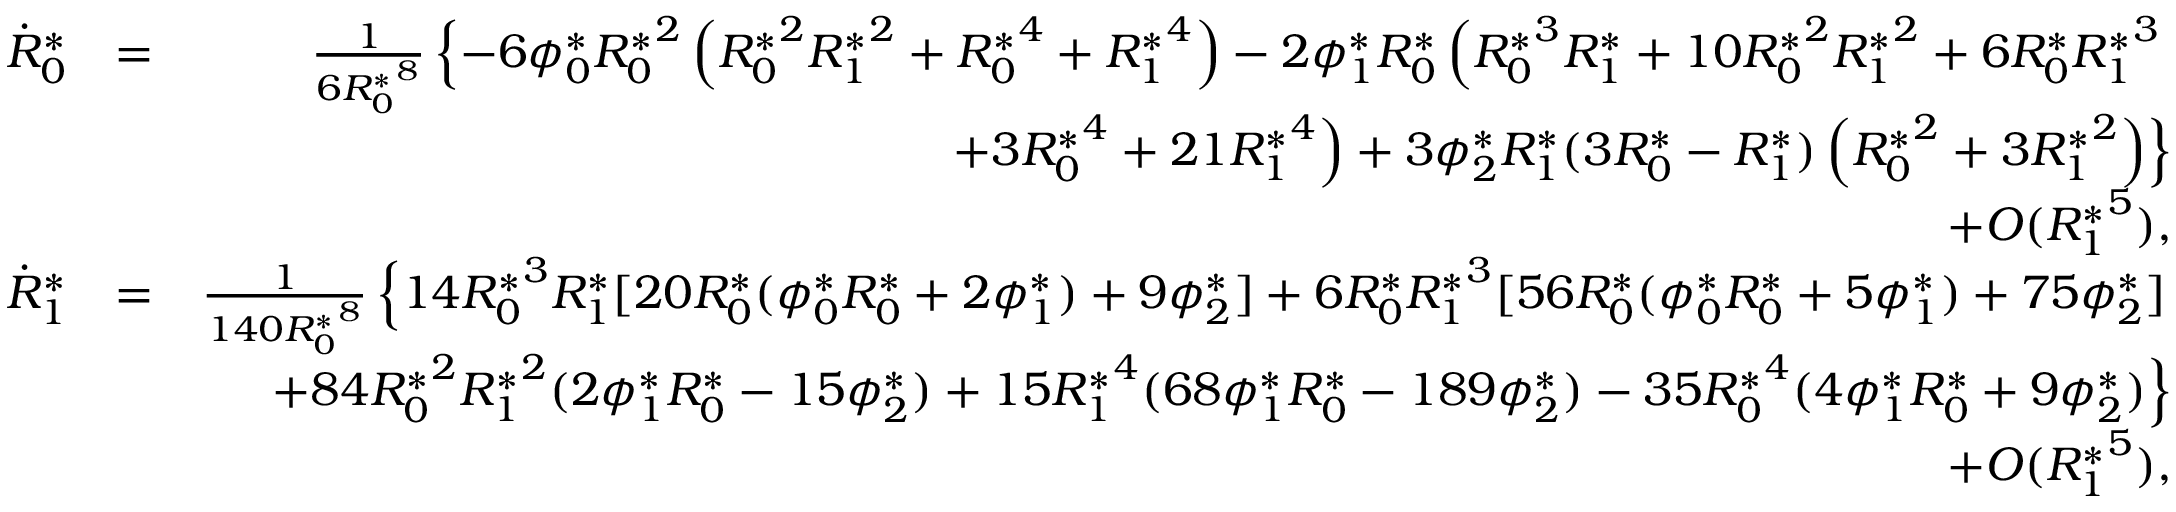
\begin{array} { r l r } { \dot { R } _ { 0 } ^ { * } } & { = } & { \frac { 1 } { 6 { R _ { 0 } ^ { * } } ^ { 8 } } \left\{ - 6 { \phi _ { 0 } ^ { * } } { R _ { 0 } ^ { * } } ^ { 2 } \left( { R _ { 0 } ^ { * } } ^ { 2 } { R _ { 1 } ^ { * } } ^ { 2 } + { R _ { 0 } ^ { * } } ^ { 4 } + { R _ { 1 } ^ { * } } ^ { 4 } \right) - 2 { \phi _ { 1 } ^ { * } } { R _ { 0 } ^ { * } } \left( { R _ { 0 } ^ { * } } ^ { 3 } { R _ { 1 } ^ { * } } + 1 0 { R _ { 0 } ^ { * } } ^ { 2 } { R _ { 1 } ^ { * } } ^ { 2 } + 6 { R _ { 0 } ^ { * } } { R _ { 1 } ^ { * } } ^ { 3 } \right. \right. } \\ & { } & { \left. \left. + 3 { R _ { 0 } ^ { * } } ^ { 4 } + 2 1 { R _ { 1 } ^ { * } } ^ { 4 } \right) + 3 { \phi _ { 2 } ^ { * } } { R _ { 1 } ^ { * } } ( 3 { R _ { 0 } ^ { * } } - { R _ { 1 } ^ { * } } ) \left( { R _ { 0 } ^ { * } } ^ { 2 } + 3 { R _ { 1 } ^ { * } } ^ { 2 } \right) \right\} } \\ & { } & { + O ( { R _ { 1 } ^ { * } } ^ { 5 } ) , } \\ { \dot { R } _ { 1 } ^ { * } } & { = } & { \frac { 1 } { 1 4 0 { R _ { 0 } ^ { * } } ^ { 8 } } \left\{ 1 4 { R _ { 0 } ^ { * } } ^ { 3 } { R _ { 1 } ^ { * } } [ 2 0 { R _ { 0 } ^ { * } } ( { \phi _ { 0 } ^ { * } } { R _ { 0 } ^ { * } } + 2 { \phi _ { 1 } ^ { * } } ) + 9 { \phi _ { 2 } ^ { * } } ] + 6 { R _ { 0 } ^ { * } } { R _ { 1 } ^ { * } } ^ { 3 } [ 5 6 { R _ { 0 } ^ { * } } ( { \phi _ { 0 } ^ { * } } { R _ { 0 } ^ { * } } + 5 { \phi _ { 1 } ^ { * } } ) + 7 5 { \phi _ { 2 } ^ { * } } ] \right. } \\ & { } & { \left. + 8 4 { R _ { 0 } ^ { * } } ^ { 2 } { R _ { 1 } ^ { * } } ^ { 2 } ( 2 { \phi _ { 1 } ^ { * } } { R _ { 0 } ^ { * } } - 1 5 { \phi _ { 2 } ^ { * } } ) + 1 5 { R _ { 1 } ^ { * } } ^ { 4 } ( 6 8 { \phi _ { 1 } ^ { * } } { R _ { 0 } ^ { * } } - 1 8 9 { \phi _ { 2 } ^ { * } } ) - 3 5 { R _ { 0 } ^ { * } } ^ { 4 } ( 4 { \phi _ { 1 } ^ { * } } { R _ { 0 } ^ { * } } + 9 { \phi _ { 2 } ^ { * } } ) \right\} } \\ & { } & { + O ( { R _ { 1 } ^ { * } } ^ { 5 } ) , } \end{array}